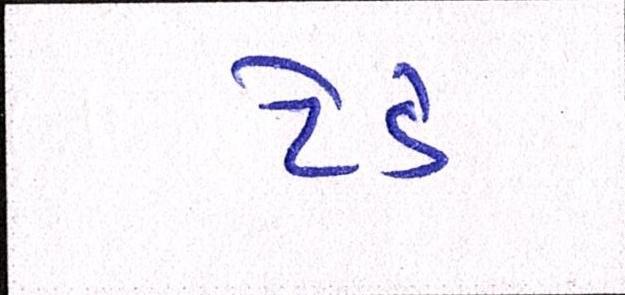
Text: ટેડે